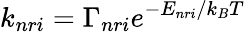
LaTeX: k_{nri}=\Gamma_{nri}e^{-E_{nri}/k_{B}T}